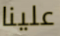
علينا